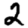
Digit: 2